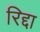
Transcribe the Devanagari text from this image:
रिद्दा